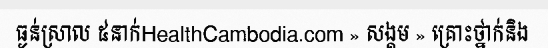
ធ្ងន់ស្រាល ៥នាក់HealthCambodia.com » សង្គម » គ្រោះថ្នាក់និង